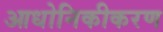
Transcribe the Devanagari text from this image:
आधोनिकीकरण